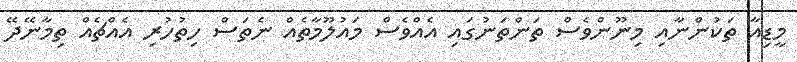
މީޑިއާ ތަކުންނާއި މިނޫންވެސް ތަންތަނުގައި އެއްވެސް މައުލޫމާތެއް ނެތަސް ހިތުހުރި އެއްޗެއް ތިމާނޭދޭ